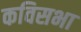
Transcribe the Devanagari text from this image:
कविसभा